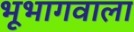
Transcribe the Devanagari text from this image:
भूभागवाला